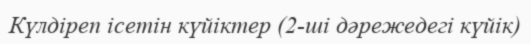
Күлдіреп ісетін күйіктер (2-ші дәрежедегі күйік)